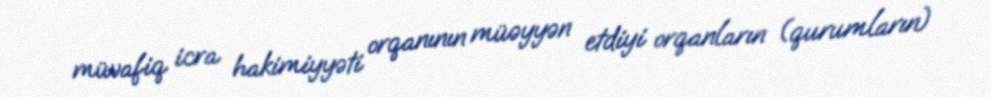
müvafiq icra hakimiyyəti orqanının müəyyən etdiyi orqanların (qurumların)